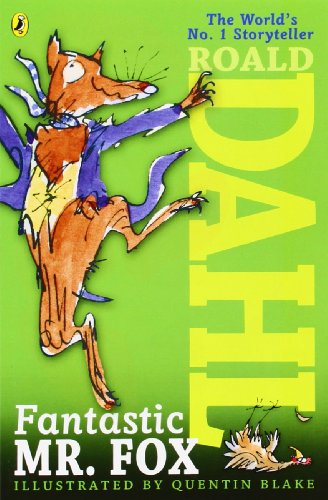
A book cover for Fantastic Mr. Fox; Roald Dahl; Children's Books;